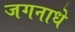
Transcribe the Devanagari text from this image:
जगनाधे